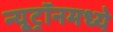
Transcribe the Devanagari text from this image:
न्यूट्रॉनमध्ये